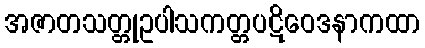
အဇာတသတ္တုဥပါသကတ္တပဋိဝေဒနာကထာ